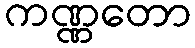
ကဏ္ဏတော